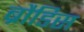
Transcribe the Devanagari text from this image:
ब्रौडिस